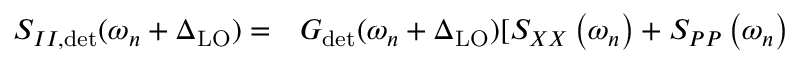
\begin{array} { r l } { S _ { I I , \mathrm { d e t } } ( \omega _ { n } + \Delta _ { \mathrm { L O } } ) = } & { { } G _ { \mathrm { d e t } } ( \omega _ { n } + \Delta _ { \mathrm { L O } } ) [ S _ { X X } \left( \omega _ { n } \right) + S _ { P P } \left( \omega _ { n } \right) } \end{array}